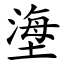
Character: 塰